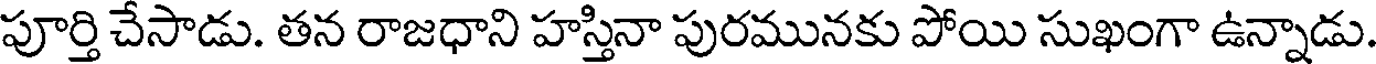
పూర్తి చేసాడు. తన రాజధాని హస్తినా పురమునకు పోయి సుఖంగా ఉన్నాడు.